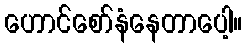
ဟောင်စော်နံနေတာပေါ့။